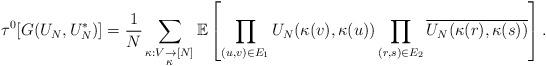
LaTeX: \begin{align*}\tau^0[G(U_N, U_N^*)]= \frac{1}{N} \sum_{\substack{\kappa :V \to [N]\\ \kappa }} \mathbb{E}\left[ \prod_{(u,v)\in E_1} U_N(\kappa(v), \kappa(u)) \prod_{(r, s)\in E_2} \overline{U_N(\kappa(r), \kappa(s))} \right].\end{align*}